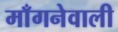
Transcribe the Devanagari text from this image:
माँगनेवाली